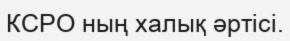
КСРО ның халық әртісі.